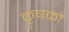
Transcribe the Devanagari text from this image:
कॄषकों